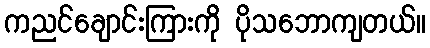
ကညင်ချောင်းကြားကို ပိုသဘောကျတယ်။